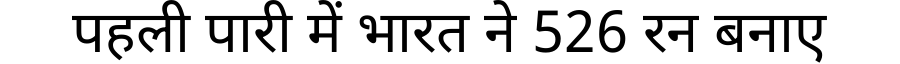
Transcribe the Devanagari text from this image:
पहली पारी में भारत ने 526 रन बनाए